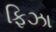
ફિઝા